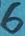
Text: 6